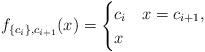
LaTeX: \begin{align*}f_{\{c_i\},c_{i+1}}(x)=\begin{cases}c_i & x=c_{i+1},\\x & \end{cases}\end{align*}